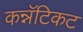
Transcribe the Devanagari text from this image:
कन्नॅटिकट